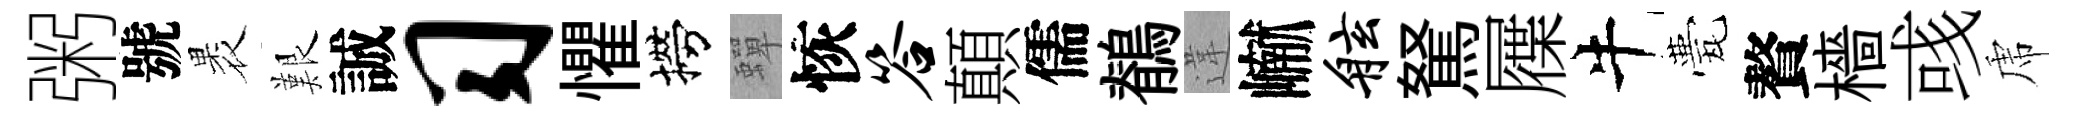
粥號褁艱誠习懼撈蟬恢答顛儒鶺違𪩘舷駑屧牛甍贅檣彧虎